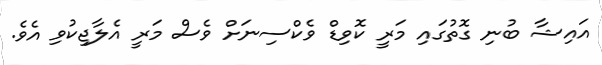
އައިޝާ ބުނި ގޮތުގައި މަރީ ކޮވިޑް ވެކްސިނަށް ވެސް މަރީ އެލާޖިކުވި އެވެ.